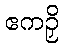
ဧကဉှိ